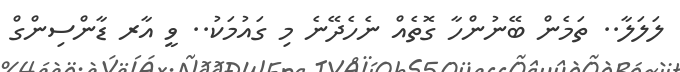
ލަލަލާ.. ތަމެން ބޭނުންހާ ގޮތެއް ނެހެދޭނެ މި ގައުމަކު.. ވީ އާރ ޑާންސިންގް